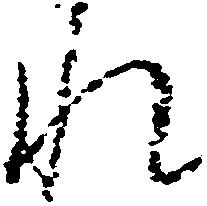
れ